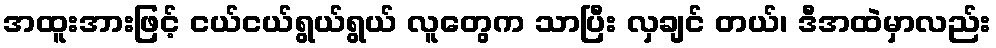
အထူးအားဖြင့် ငယ်ငယ်ရွယ်ရွယ် လူတွေက သာပြီး လှချင် တယ်၊ ဒီအထဲမှာလည်း